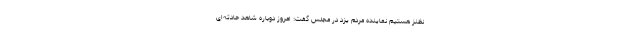
نظنز هستیم نماینده مردم یزد در مجلس گفت: امروز دوباره شاهد حادثه‌ای